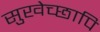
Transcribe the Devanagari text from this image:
सुखेच्छापि